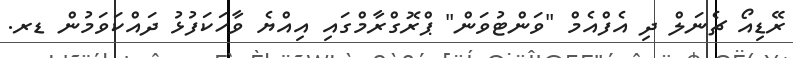
ރޭޑިއޯ ޗެނަލް ދި އެފްއެމް "ވަންޓުވަން" ޕްރޮގްރާމްގައި އިއްޔެ ވާހަކަފުޅު ދައްކަވަމުން ޑރ.